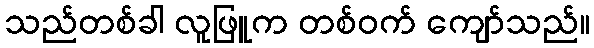
သည်တစ်ခါ လူဖြူက တစ်ဝက် ကျော်သည်။